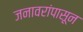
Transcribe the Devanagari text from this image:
जनावरांपासून